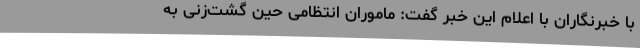
با خبرنگاران با اعلام این خبر گفت: ماموران انتظامی حین گشت‌زنی به